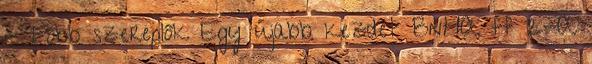
- Főbb szereplők Egy újabb kezdet BnHA ff 2-A